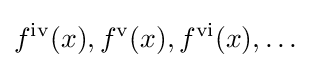
f^{\mathrm {iv} }(x),f^{\mathrm {v} }(x),f^{\mathrm {vi} }(x),\ldots